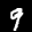
Label: 9